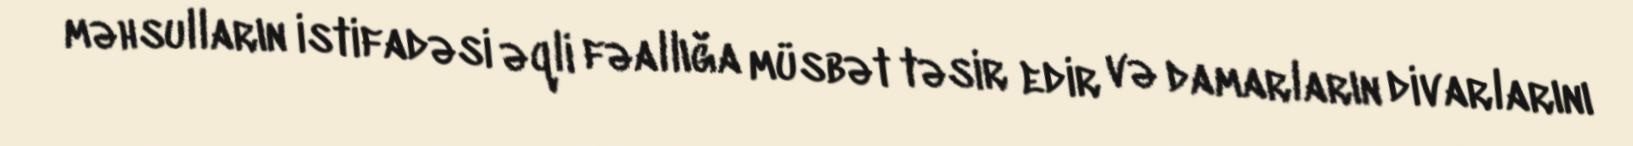
məhsulların istifadəsi əqli fəallığa müsbət təsir edir və damarların divarlarını